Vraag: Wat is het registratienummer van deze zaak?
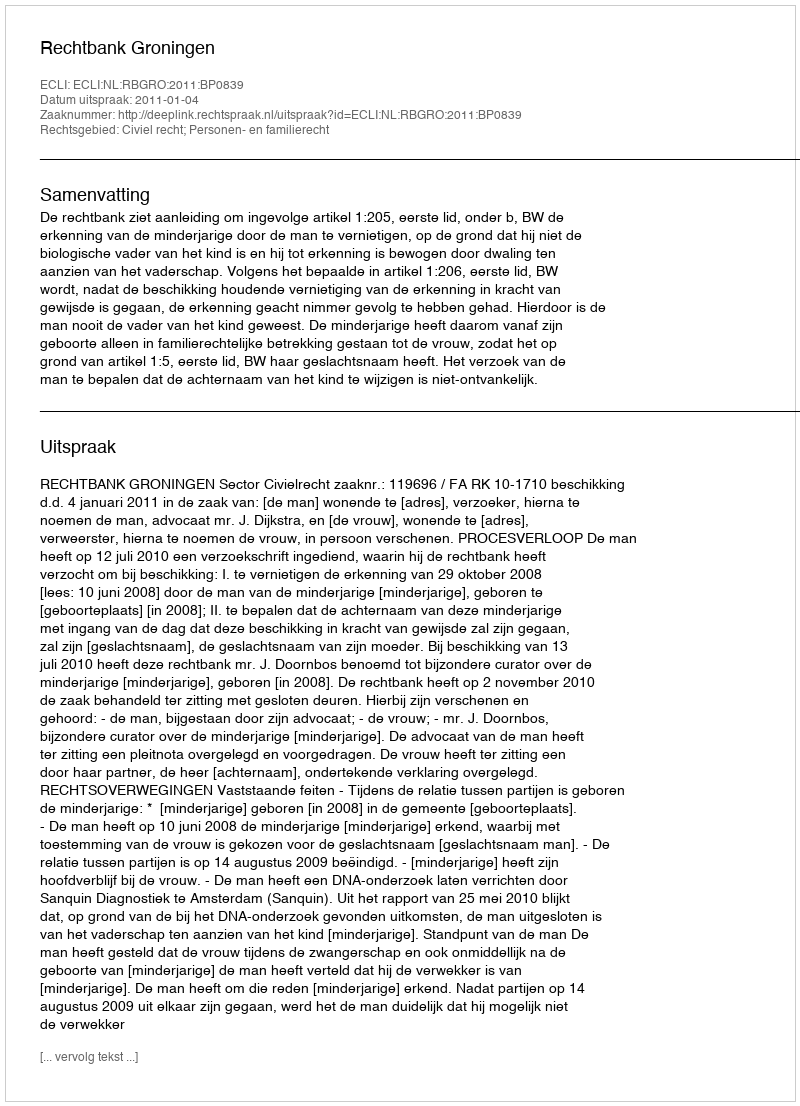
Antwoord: http://deeplink.rechtspraak.nl/uitspraak?id=ECLI:NL:RBGRO:2011:BP0839